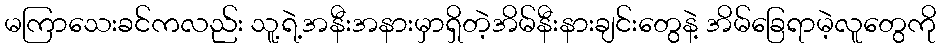
မကြာသေးခင်ကလည်း သူ့ရဲ့အနီးအနားမှာရှိတဲ့အိမ်နီးနားချင်းတွေနဲ့ အိမ်ခြေရာမဲ့လူတွေကို